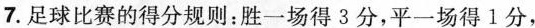
7.足球比赛的得分规则：胜一场得3分，平一场得1分，